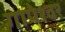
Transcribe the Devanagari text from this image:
गापेश्वर